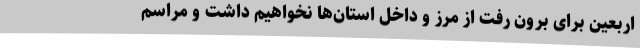
اربعین برای برون رفت از مرز و داخل استان‌ها نخواهیم داشت و مراسم